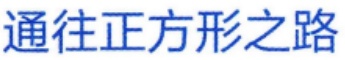
通往正方形之路